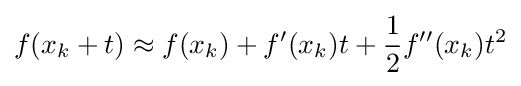
f(x_{k}+t)\approx f(x_{k})+f'(x_{k})t+{\frac {1}{2}}f''(x_{k})t^{2}